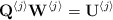
\begin{align*}\mathbf{Q}^{\left\langle j\right\rangle }\mathbf{W}^{\left\langle j\right\rangle }=\mathbf{U}^{\left\langle j\right\rangle }\end{align*}